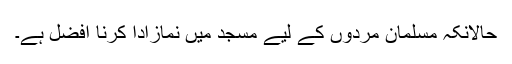
حالانکہ مسلمان مردوں کے لیے مسجد میں نمازادا کرنا افضل ہے۔